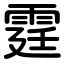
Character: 霆